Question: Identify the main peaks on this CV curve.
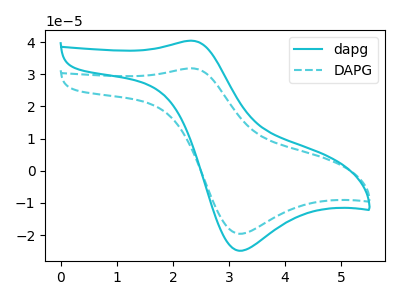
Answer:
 <answer>The cyan curve "dapg" has an anodic peak at (2.35V, 40.50uA) and a cathodic peak at (3.15V, -24.90uA). The cyan dashed curve "DAPG" has an anodic peak at (2.35V, 31.90uA) and a cathodic peak at (3.15V, -19.60uA).</answer>
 <eval></eval>